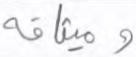
وميثاقه